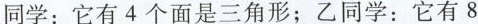
同学：它有4个面是三角形；乙同学：它有8